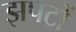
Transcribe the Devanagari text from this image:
झपटों